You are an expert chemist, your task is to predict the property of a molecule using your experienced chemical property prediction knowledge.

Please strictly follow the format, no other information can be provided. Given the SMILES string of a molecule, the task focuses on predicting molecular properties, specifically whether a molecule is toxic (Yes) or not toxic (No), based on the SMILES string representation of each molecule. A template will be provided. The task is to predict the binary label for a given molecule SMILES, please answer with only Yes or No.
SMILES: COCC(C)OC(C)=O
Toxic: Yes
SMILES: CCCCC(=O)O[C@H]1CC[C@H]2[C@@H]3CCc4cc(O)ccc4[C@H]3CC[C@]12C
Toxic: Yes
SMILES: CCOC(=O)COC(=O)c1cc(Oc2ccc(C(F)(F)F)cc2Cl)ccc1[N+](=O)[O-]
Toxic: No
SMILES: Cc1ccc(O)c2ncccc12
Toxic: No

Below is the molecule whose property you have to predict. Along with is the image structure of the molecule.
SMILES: CCOC(=O)C1=NN(c2ccccc2)C(=O)C1
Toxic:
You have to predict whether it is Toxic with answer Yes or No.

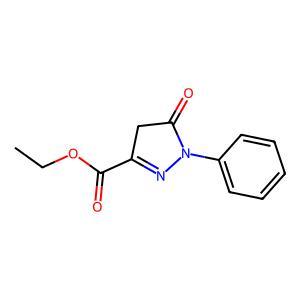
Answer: No